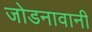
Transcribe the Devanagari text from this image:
जोडनावानी